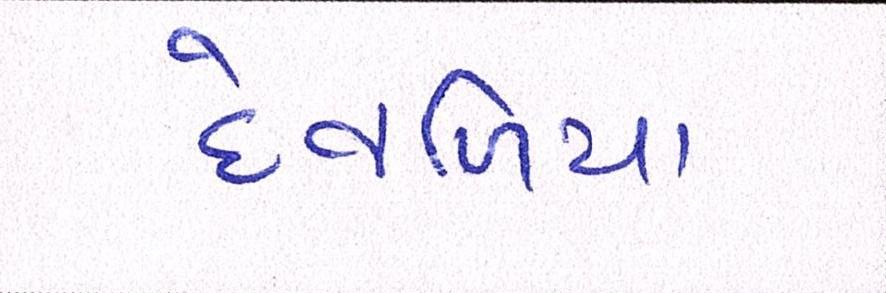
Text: દેવળિયા